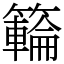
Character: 𥶡